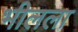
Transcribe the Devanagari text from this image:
भीलला